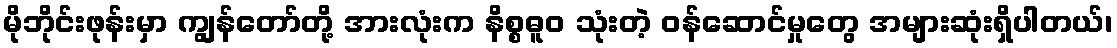
မိုဘိုင်းဖုန်းမှာ ကျွန်တော်တို့ အားလုံးက နိစ္စဓူဝ သုံးတဲ့ ဝန်ဆောင်မှုတွေ အများဆုံးရှိပါတယ်၊